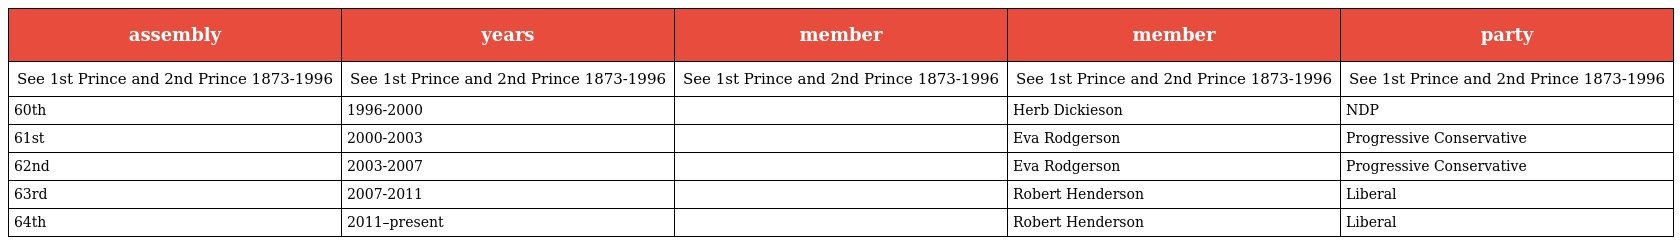
| assembly | years | member | member | party |
 | --- | --- | --- | --- | --- |
 | See 1st Prince and 2nd Prince 1873-1996 | See 1st Prince and 2nd Prince 1873-1996 | See 1st Prince and 2nd Prince 1873-1996 | See 1st Prince and 2nd Prince 1873-1996 | See 1st Prince and 2nd Prince 1873-1996 |
 | 60th | 1996-2000 |  | Herb Dickieson | NDP |
 | 61st | 2000-2003 |  | Eva Rodgerson | Progressive Conservative |
 | 62nd | 2003-2007 |  | Eva Rodgerson | Progressive Conservative |
 | 63rd | 2007-2011 |  | Robert Henderson | Liberal |
 | 64th | 2011–present |  | Robert Henderson | Liberal |